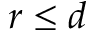
r \leq d